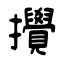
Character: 攪